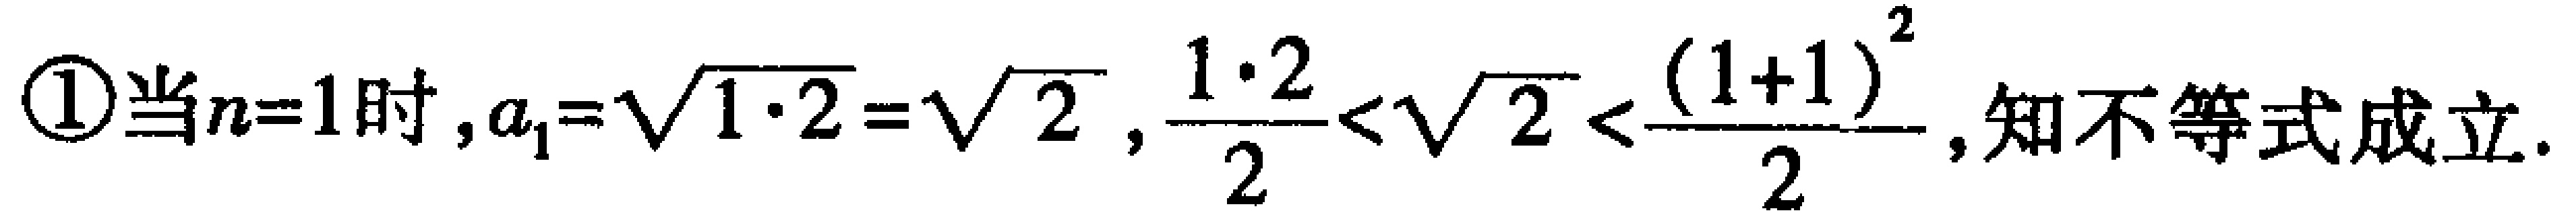
\textcircled{1}当\(n = 1\)时，\(a_{1}=\sqrt{1\cdot2}=\sqrt{2}\)，\(\frac{1\cdot2}{2}<\sqrt{2}<\frac{(1 + 1)^{2}}{2}\)，知不等式成立.